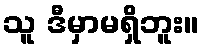
သူ ဒီမှာမရှိဘူး။